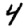
Digit: 4